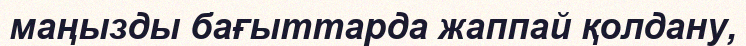
маңызды бағыттарда жаппай қолдану,